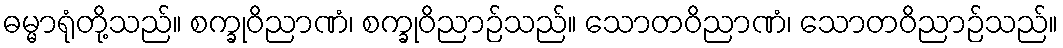
ဓမ္မာရုံတို့သည်။ စက္ခုဝိညာဏံ၊ စက္ခုဝိညာဉ်သည်။ သောတဝိညာဏံ၊ သောတဝိညာဉ်သည်။